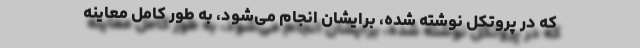
که در پروتکل نوشته شده، برایشان انجام می‌شود، به طور کامل معاینه